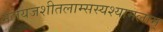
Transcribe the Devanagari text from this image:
मलयजशीतलाम्सस्यश्यामलाम्